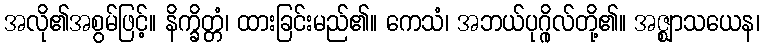
အလို၏အစွမ်ဖြင့်။ နိက္ခိတ္တံ၊ ထားခြင်းမည်၏။ ကေသံ၊ အဘယ်ပုဂ္ဂိုလ်တို့၏။ အဇ္ဈာသယေန၊